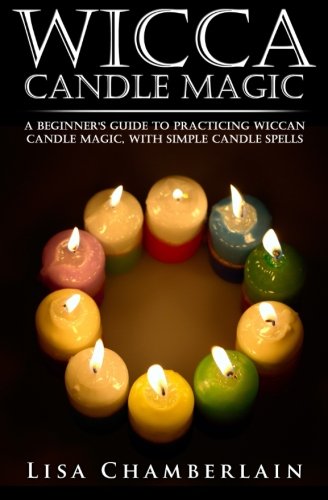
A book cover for Wicca Candle Magic: A Beginner's Guide to Practicing Wiccan Candle Magic, with Simple Candle Spells; Lisa Chamberlain; Religion & Spirituality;